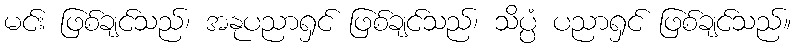
မင်း ဖြစ်ချင်သည်၊ အနုပညာရှင် ဖြစ်ချင်သည်၊ သိပ္ပံ ပညာရှင် ဖြစ်ချင်သည်။